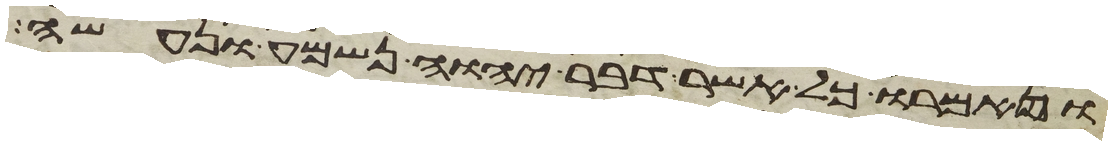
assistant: ויאמרו כל אשר דבר יהוה נשמע ונעשה